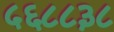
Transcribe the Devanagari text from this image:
५६८८३८